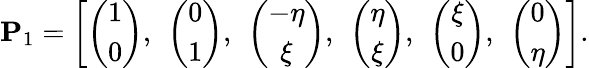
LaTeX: \mathbf{P}_{1}=\left[\left(\begin{array}{c}{1}\\ {0}\end{array}\right),\ \left(\begin{array}{c}{0}\\ {1}\end{array}\right),\ \left(\begin{array}{c}{-\eta}\\ {\xi}\end{array}\right),\ \left(\begin{array}{c}{\eta}\\ {\xi}\end{array}\right),\ \left(\begin{array}{c}{\xi}\\ {0}\end{array}\right),\ \left(\begin{array}{c}{0}\\ {\eta}\end{array}\right)\right].